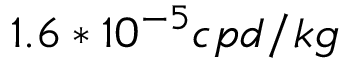
1 . 6 * 1 0 ^ { - 5 } c p d / k g